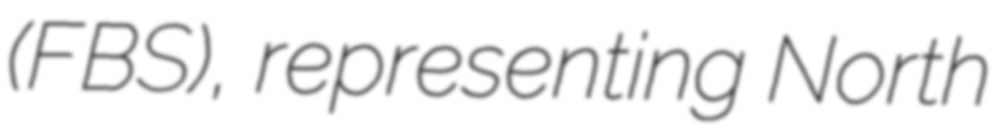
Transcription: (FBS), representing North